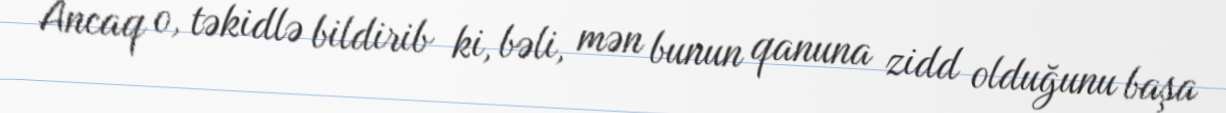
Ancaq o, təkidlə bildirib ki, bəli, mən bunun qanuna zidd olduğunu başa